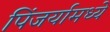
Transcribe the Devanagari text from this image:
पिंजर्यामध्ये